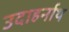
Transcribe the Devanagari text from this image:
उदाहर्नाथ